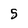
Character: 5